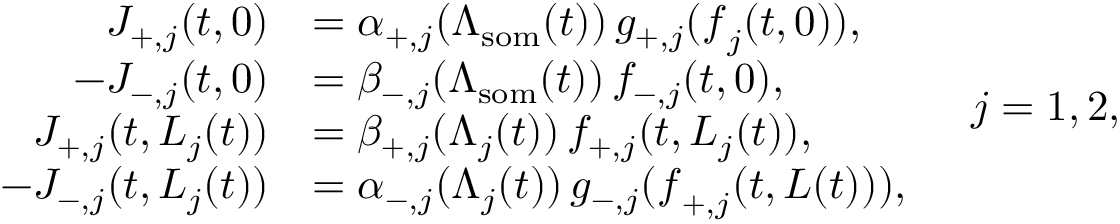
\begin{array} { r l } { J _ { + , j } ( t , 0 ) } & { = \alpha _ { + , j } ( \Lambda _ { \mathrm { s o m } } ( t ) ) \, g _ { + , j } ( \boldsymbol { f } _ { j } ( t , 0 ) ) , } \\ { - J _ { - , j } ( t , 0 ) } & { = \beta _ { - , j } ( \Lambda _ { \mathrm { s o m } } ( t ) ) \, f _ { - , j } ( t , 0 ) , } \\ { J _ { + , j } ( t , L _ { j } ( t ) ) } & { = \beta _ { + , j } ( \Lambda _ { j } ( t ) ) \, f _ { + , j } ( t , L _ { j } ( t ) ) , } \\ { - J _ { - , j } ( t , L _ { j } ( t ) ) } & { = \alpha _ { - , j } ( \Lambda _ { j } ( t ) ) \, g _ { - , j } ( \boldsymbol { f } _ { + , j } ( t , L ( t ) ) ) , } \end{array} \quad j = 1 , 2 ,